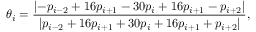
\theta _ { i } = \frac { \left| - p _ { i - 2 } + 1 6 p _ { i + 1 } - 3 0 p _ { i } + 1 6 p _ { i + 1 } - p _ { i + 2 } \right| } { \left| p _ { i - 2 } + 1 6 p _ { i + 1 } + 3 0 p _ { i } + 1 6 p _ { i + 1 } + p _ { i + 2 } \right| } ,